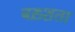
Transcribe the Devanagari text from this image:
बख़्शता